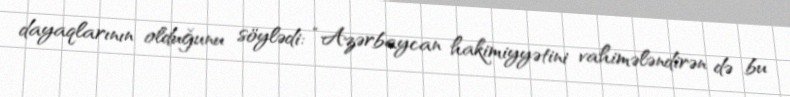
dayaqlarının olduğunu söylədi: “Azərbaycan hakimiyyətini vahimələndirən də bu